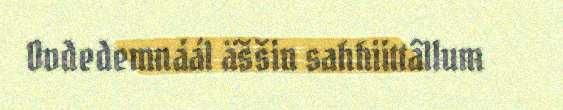
Ovdedemnáál äššin sahhiittâllum